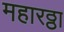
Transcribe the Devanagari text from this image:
महारठ्ठा